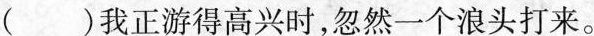
( )我正游得高兴时，忽然一个浪头打来。